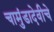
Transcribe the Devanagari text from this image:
चामुंडादेवीचे